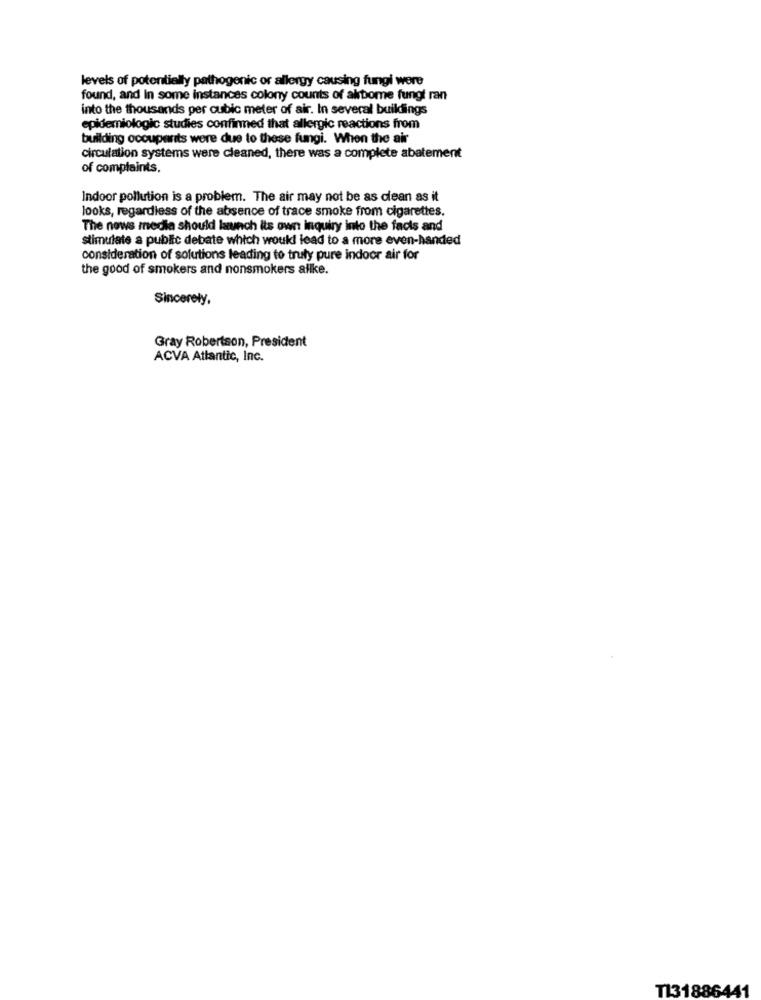
levels of potentially pathogenic or allergy causing fungi were
found, and In some instances colony counts of akbome fungl ran
into the thousands per cubic meter of air. In several buildings
epidemiologic studies confirmed that allergic reactions from
building occupants were due to these fungi. When the air
circulation systems were cleaned, there was a complete abatement
of complaints.
Indoor pollution is a problem. The air may not be as dean as it
looks, regardless of the absence of trace smoke from cigarettes.
The news media should launch its own inquiry into the facts and
stimulate a public debate which would lead to a more even-handed
consideration of solutions leading to truly pure indoor air for
the good of smokers and nonsmokers allke.
Sincerely,
Gray Robertson, President
ACVA Atlantic, Inc.
T131886441